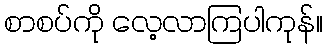
စာစပ်ကို လေ့လာကြပါကုန်။